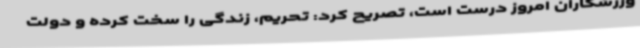
ورزشکاران امروز درست است، تصریح کرد: تحریم، زندگی را سخت کرده و دولت